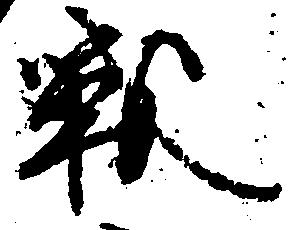
戦